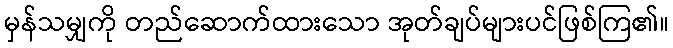
မှန်သမျှကို တည်ဆောက်ထားသော အုတ်ချပ်များပင်ဖြစ်ကြ၏။